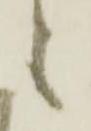
之